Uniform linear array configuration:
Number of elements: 8
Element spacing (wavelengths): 0.5
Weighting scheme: hamming
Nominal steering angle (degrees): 60
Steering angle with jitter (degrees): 58.723
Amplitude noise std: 0.05
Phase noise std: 0.05

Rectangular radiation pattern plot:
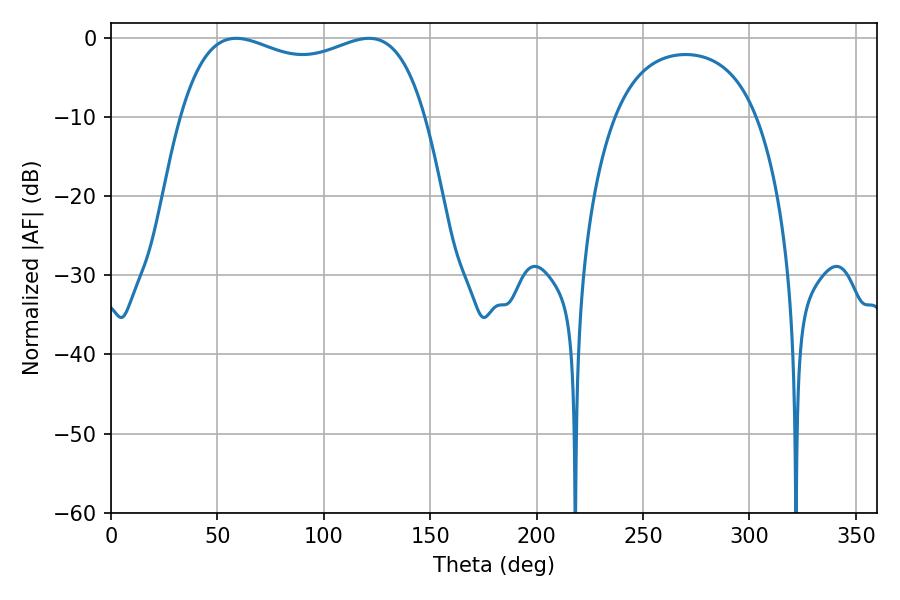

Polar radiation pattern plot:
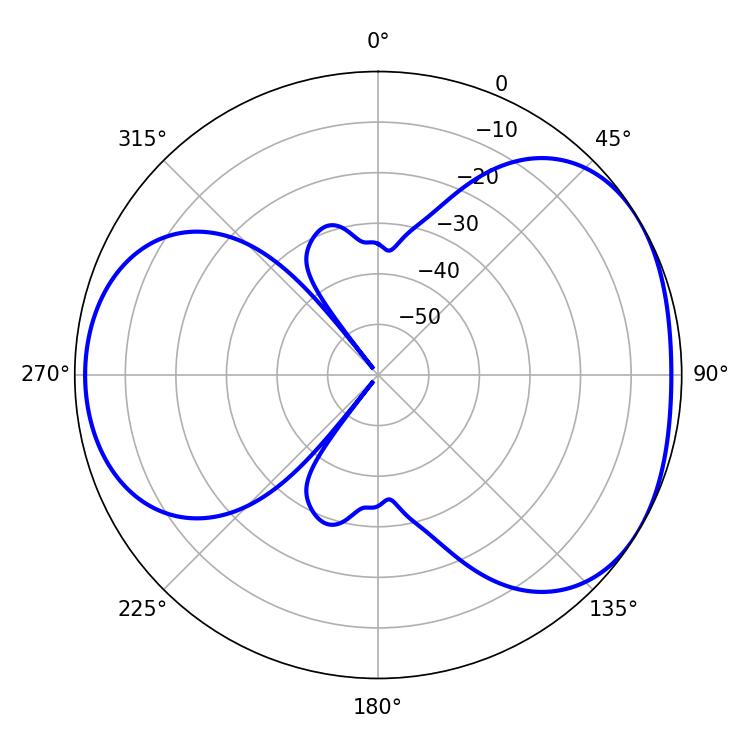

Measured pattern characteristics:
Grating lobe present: FALSE
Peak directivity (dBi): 4.193
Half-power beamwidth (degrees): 94.32
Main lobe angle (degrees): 58.86